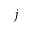
j